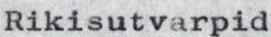
Rikisutvarpid